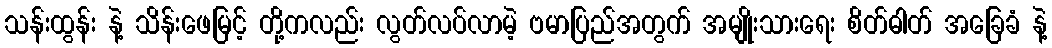
သန်းထွန်း နဲ့ သိန်းဖေမြင့် တို့ကလည်း လွတ်လပ်လာမဲ့ ဗမာပြည်အတွက် အမျိုးသားရေး စိတ်ဓါတ် အခြေခံ နဲ့